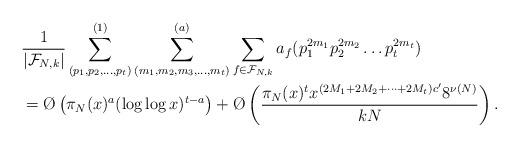
LaTeX: \begin{align*}& \frac{1}{|\mathcal F_{N,k}|}\sum_{(p_1,p_2,\dots ,p_t)}^{(1)}\sum_{(m_1,m_2,m_3,\dots,m_t)}^{(a)}\sum_{f \in \mathcal F_{N,k}} a_f(p_1^{2m_1}p_2^{2m_2}\dots p_t^{2m_t})\\& = \O\left(\pi_N(x)^{a}(\log \log x)^{t-a} \right)+ \O\left(\frac{\pi_N(x)^t x^{(2M_1 + 2M_2 + \dots + 2M_t)c'}8^{\nu(N)}}{k{N}}\right).\end{align*}